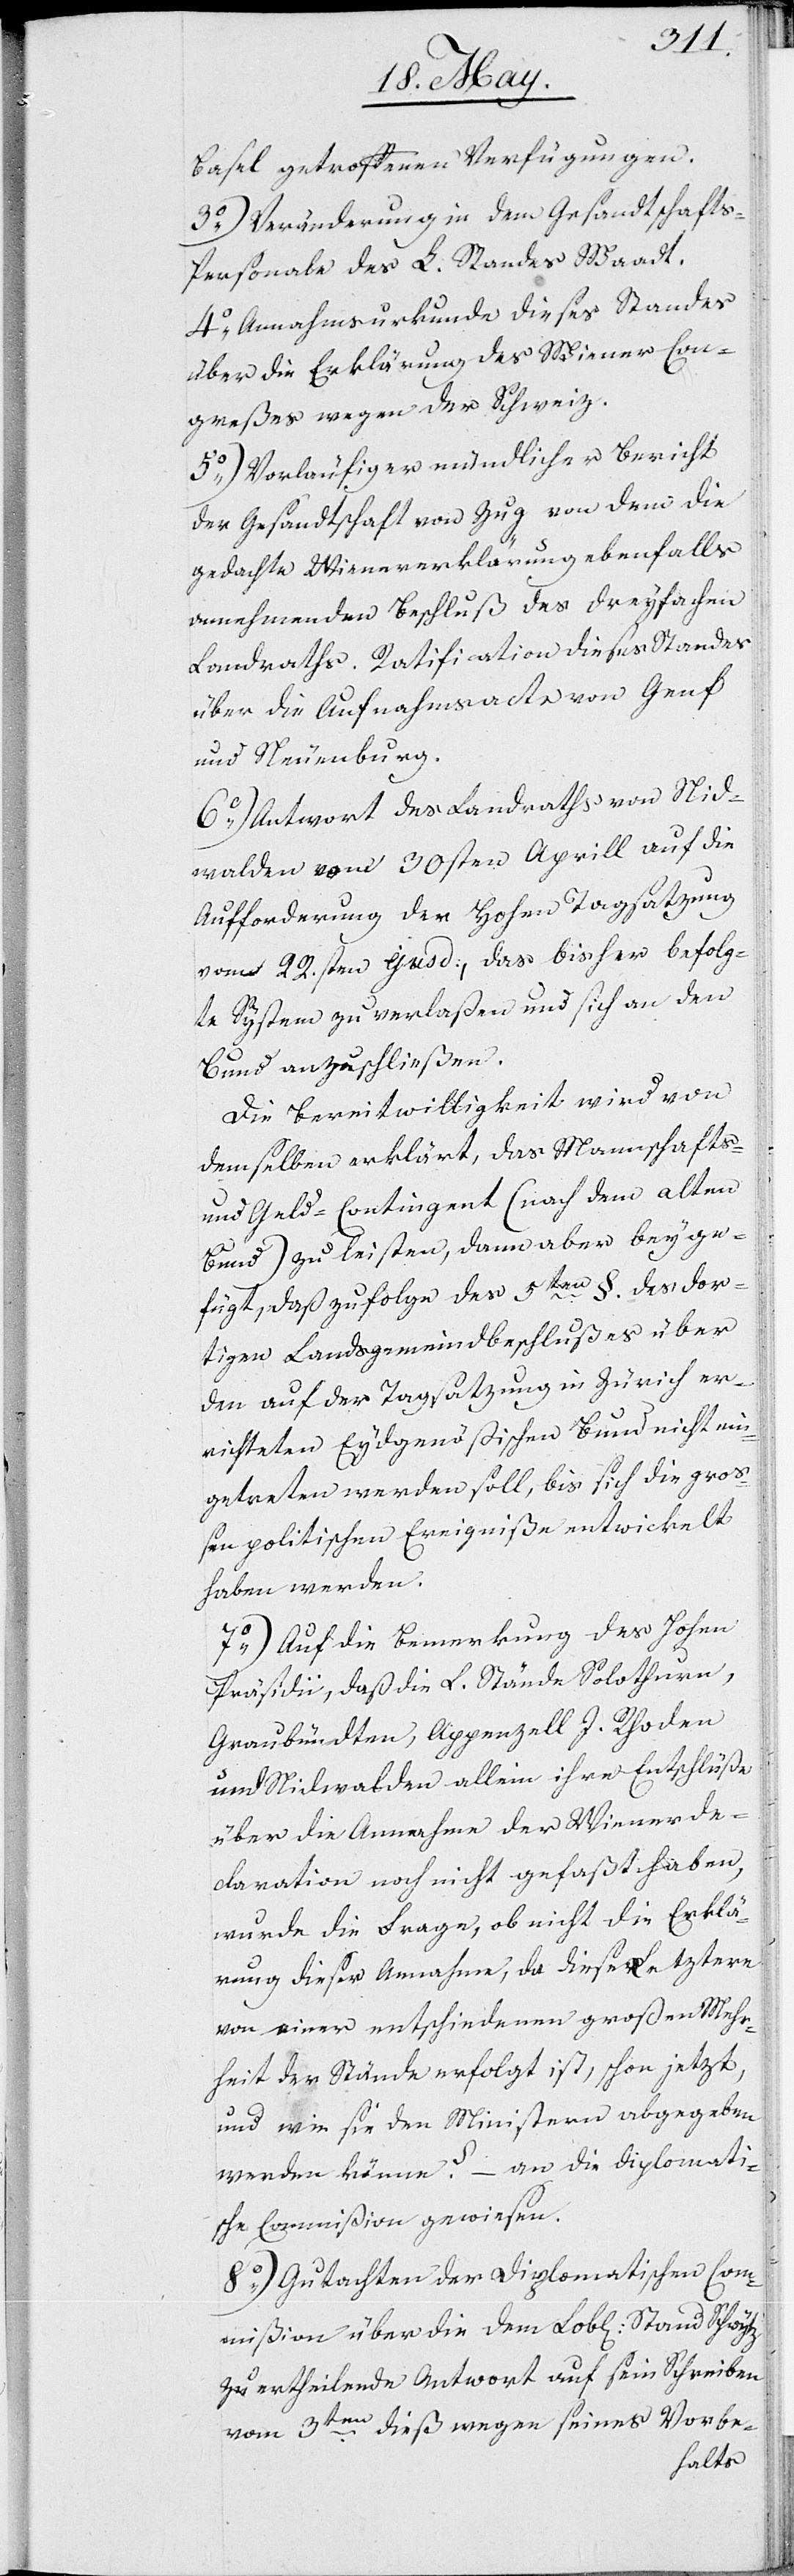
Basel getroffenen Verfügungen.
3.) Veränderung in dem Gesandtschafts-P¬
ersonale des L. Standes Waadt.
4.) Annahmsurkunde dieses Standes
über die Erklärung des Wiener-Con¬
greßes wegen der Schweiz.
5.) Vorläufiger mündlicher Bericht
der Gesandtschaft von Zug von dem die
gedachte Wienererklärung ebenfalls
annehmenden Beschluß des dreyfachen
Landraths. Ratification dieses Standes
über die Aufnahmsacte von Genf
und Neuenburg.
6.) Antwort des Landraths von Nid¬
walden vom 30sten Aprill auf die
Aufforderung der Hohen Tagsatzung
vom 22sten ejusd., das bisher befolg¬
te System zu verlaßen und sich an den
Bund anzuschließen.
Die Bereitwilligkeit wird von
demselben erklärt, das Mannschafts
und Geld-Contingent (nach dem alten
Bund) zu leisten, dann aber beyge¬
§. des dor¬
fügt, daß zufolge des 5ten
tigen Landsgemeindbeschlußes über
den auf der Tagsatzung in Zürich er¬
richteten Eydsgenößischen Bund nicht ein¬
getreten werden soll, bis sich die groß¬
en politischen Ereigniße entwickelt
haben werden.
7.) Auf die Bemerkung des Hohen
Präsidii, daß die L. Stände Solothurn,
Graubündten, Appenzell I. Rhoden
und Nidwalden allein ihre Entschlüße
über die Annahme der Wienerde¬
claration noch nicht gefaßt haben,
wurde die Frage, ob nicht die Erklä¬
rung dieser Annahme, da diese Letztere
von einer entschiedenen großen Mehr¬
heit der Stände erfolgt ist, schon jetzt,
und wie sie dem Minister abgegeben
werden könnte? – an die diplomati¬
sche Commißion gewiesen.
8.) Gutachten der Diplomatischen Com¬
mißion über die dem Lobl. Stand Schwytz
zu ertheilende Antwort auf sein Schreiben
vom 3ten dieß wegen seines Vorbe-